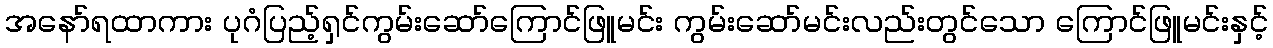
အနော်ရထာကား ပုဂံပြည့်ရှင်ကွမ်းဆော်ကြောင်ဖြူမင်း ကွမ်းဆော်မင်းလည်းတွင်သော ကြောင်ဖြူမင်းနှင့်